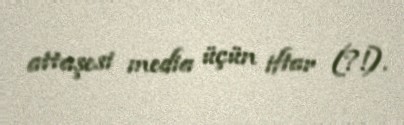
attaşesi media üçün iftar (?!).